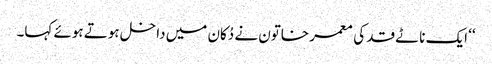
‘‘ ایک ناٹے قد کی معمر خاتون نے دُکان میں داخل ہوتے ہوئے کہا۔